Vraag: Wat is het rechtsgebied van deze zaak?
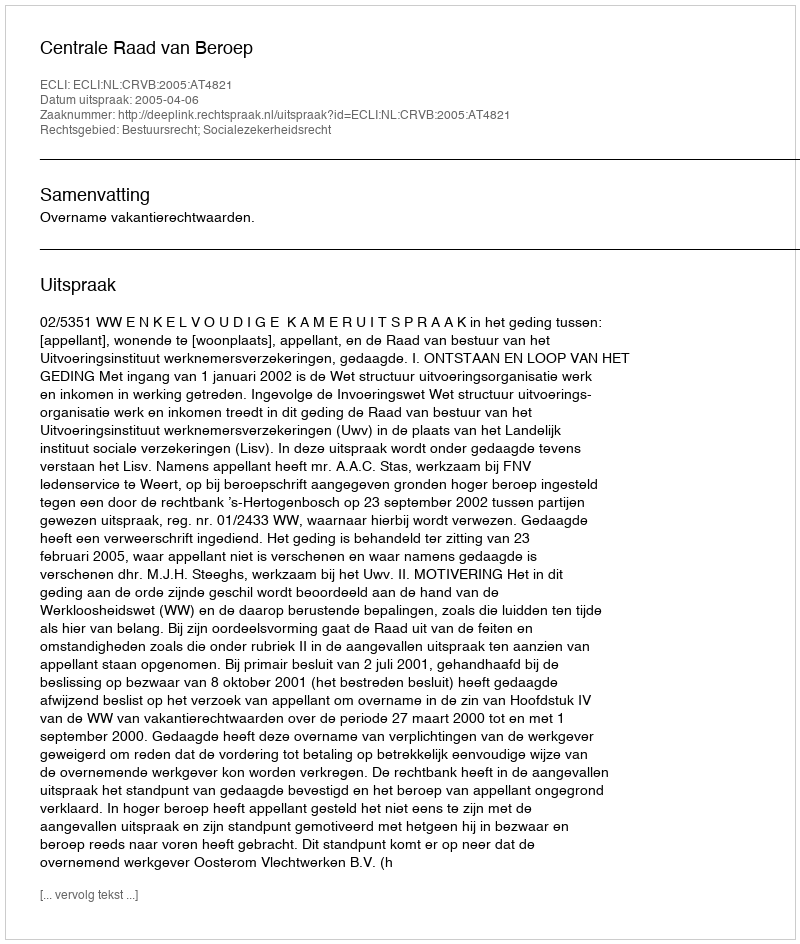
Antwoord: Bestuursrecht; Socialezekerheidsrecht